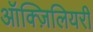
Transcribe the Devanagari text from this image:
ऑक्ज़िलियरी